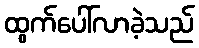
ထွက်ပေါ်လာခဲ့သည်